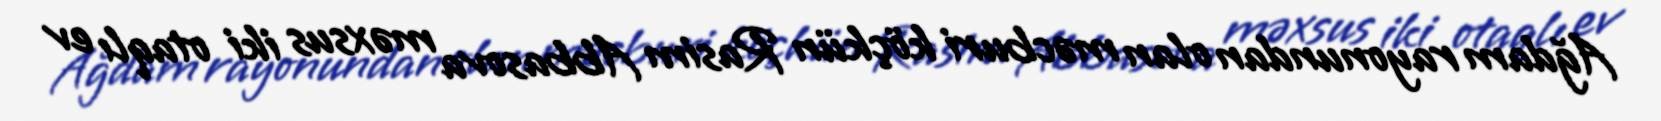
Ağdam rayonundan olan məcburi köçkün Rasim Abbasova məxsus iki otaqlı ev